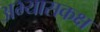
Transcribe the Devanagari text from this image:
अभ्यासकक्ष